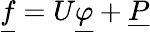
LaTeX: \underline{{f}}=U\underline{{\varphi}}+\underline{{P}}